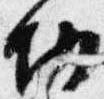
切